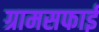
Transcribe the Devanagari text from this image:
ग्रामसफाई